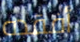
أفقده